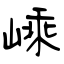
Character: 嵊